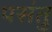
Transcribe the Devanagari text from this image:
पसंतु